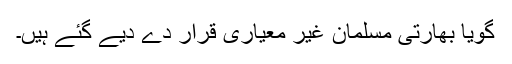
گویا بھارتی مسلمان غیر معیاری قرار دے دیے گئے ہیں۔